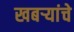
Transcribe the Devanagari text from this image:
खबऱ्यांचे